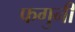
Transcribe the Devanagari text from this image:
फगुनी